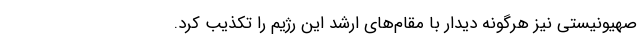
صهیونیستی نیز هرگونه دیدار با مقام‌های ارشد این رژیم را تکذیب کرد.